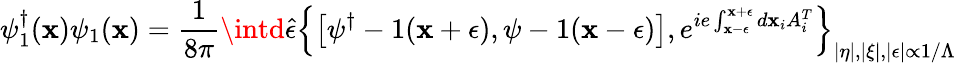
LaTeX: \psi_{1}^{\dagger}(\mathbf{x})\psi_{1}(\mathbf{x})=\frac{{1}}{{8\pi}}\intd\hat{{\epsilon}}\left\{ \left[\psi^{\dagger}-1(\mathbf{x}+\epsilon),\psi-1(\mathbf{x}-\epsilon)\right],e^{ie\int_{\mathbf{x}-\epsilon}^{\mathbf{x}+\epsilon}d\mathbf{x}_{i}A_{i}^{T}}\right\} _{|\eta|,|\xi|,|\epsilon|\propto1/\Lambda}